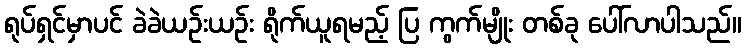
ရုပ်ရှင်မှာပင် ခဲခဲယဉ်းယဉ်း ရိုက်ယူရမည့် ပြ ကွက်မျိုး တစ်ခု ပေါ်လာပါသည်။